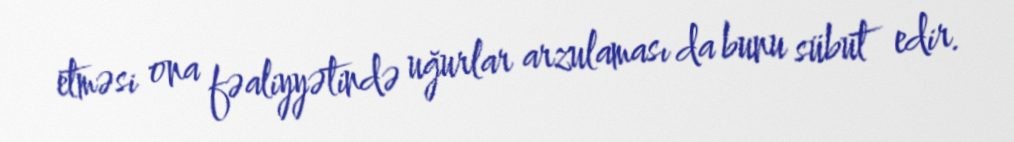
etməsi ona fəaliyyətində uğurlar arzulaması da bunu sübut edir.